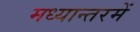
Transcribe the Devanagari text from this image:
मध्यान्तरमें